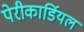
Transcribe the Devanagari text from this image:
पेरीकार्डियल